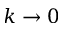
k \rightarrow 0